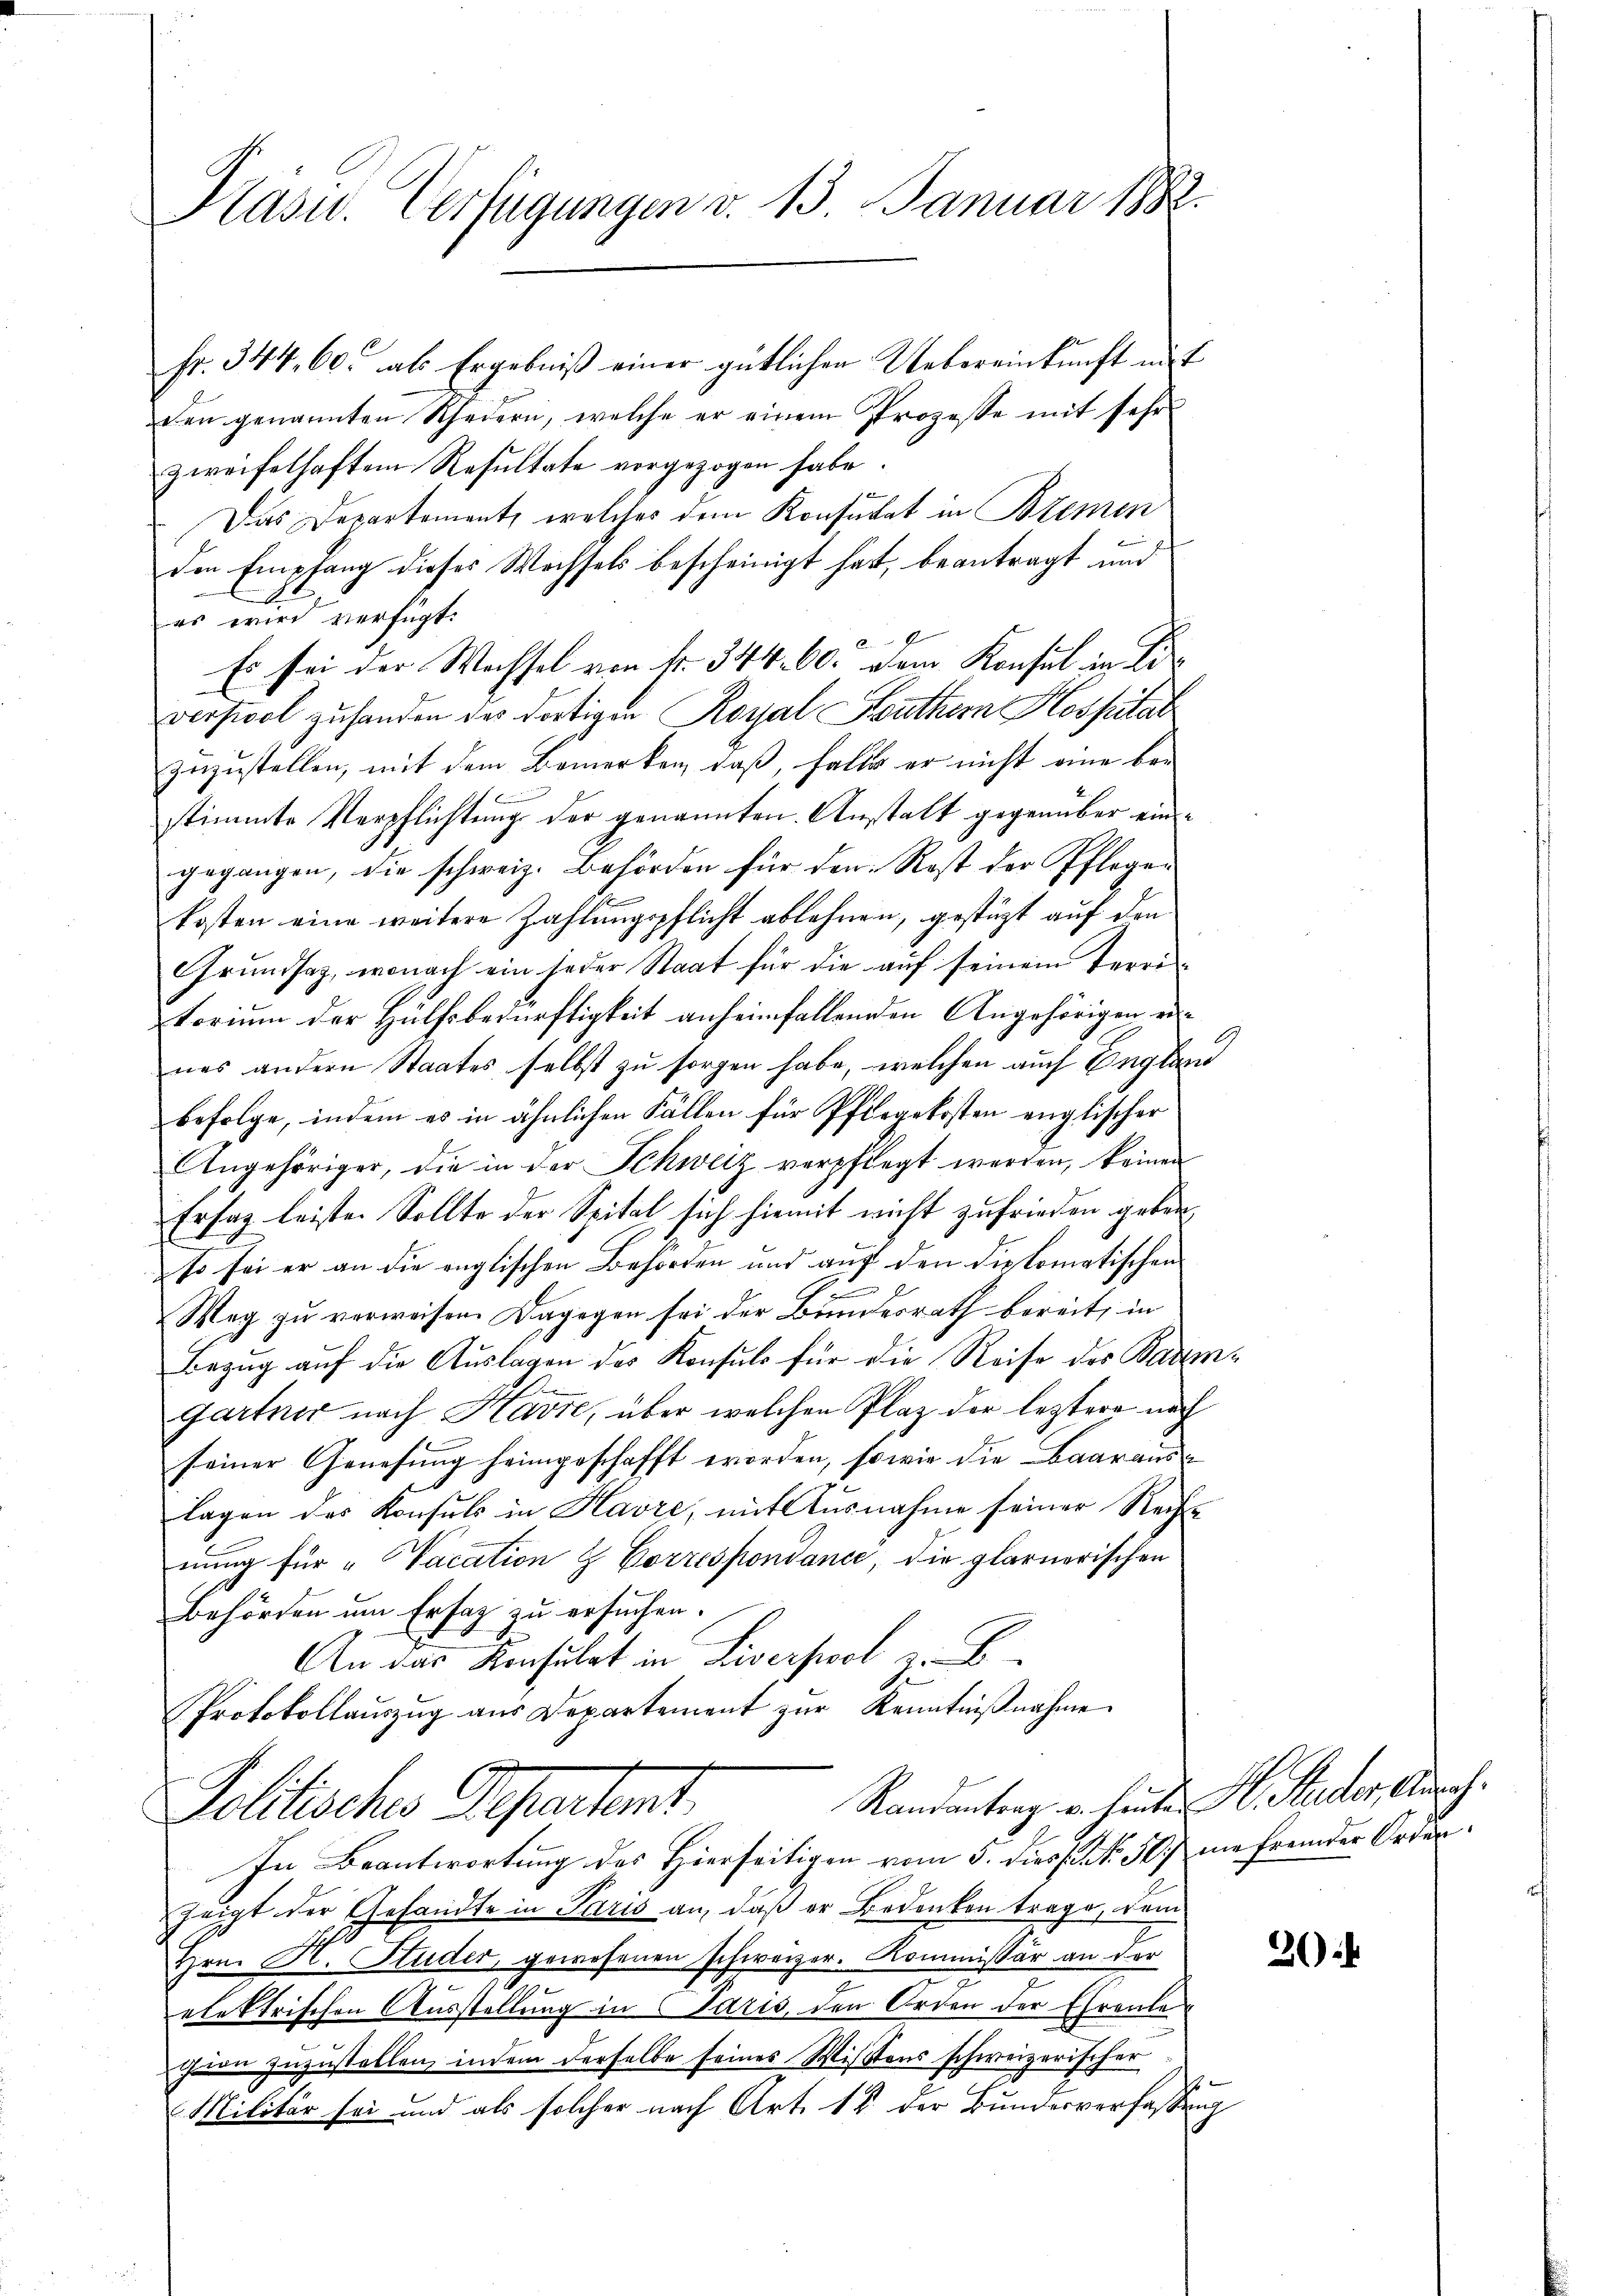
Kasu. Verfügungen d. 13. Januar 1882.

Fr. 344, 60. als Ergebniß einer gütlichen Uebereinkunft auf
den genannten Schedern, welche er einem Prozesse mit sehr
zweifelhaftem Resultate vorgezogen habe
Das Departement, welches dem Konsulat in Bremen
den Empfang dieses Wechsels bescheinigt hat, beantragt und
e
es wird verfügt:
2
Es sei der Wachsel von Nr. 344. 60. Dem Konsul in Dir
verfiel zu handen das dortigen Royal Southern Hospitat
zuzustellen, mit dem Bemerken, daß, falls er nicht eine bestimmte Verpflichtung der genannten Anstalt gegenüber eingegangen, die schweiz. Behörden für den Rost der Pflegen
kosten eine weitere Zahlungspflicht ablehnen, gestüzt auf den
Grundsaz, wonach ein jeder Staat für die auf seinem Territorium der Hülfsbedürftigkeit anheimfallenden Angehörigen eines andern Staates, selbst zu sorgen habe, welchen auch Englau
befolge, indem es in ähnlichen Fällen für Pfirgekosten englischer
Angehöriger, die in der Schweiz verpflegt werden, keinen
Ersag leisten Sollte der Spital sich hiemit nicht zufrieden geben,
so sei er an die englischen Behörden und auf den diplomatischen
1
Weg zu verweisen. Dagegen sei der Bundesrath bereit, in
Bezug auf die Auslagen des Konsuls für die Reise der Badenbe
gartner nach Havre, über welchen Plaz der leztere nach
seiner Genesung heimgeschafft worden, sowie die Baarauslagen des Konsuls in Havre, mit Ausnahme seiner Rechts
nung für „Vacation & Correspondance, die glarnerischen
Behörden um Erfaz zu ersuchen.
An das Konsulat in Liverpool zu B
Protokollauszug aus Departement zur Kenntniβnahme
Randantrag u. heute H. Studer, Ausch.
Politische Departent,
In Beantwortung des Hierseitigen vom 5. diess. No. 50. nie fremder Orden.
zeigt der Gesandte in Paris an, daß er Bedenken trage, wenn
Hrn. Hr. Studer, gewesenen schweizer. Kommissär an der
elektrischen Ausstellung in Paris, den Orden der Ehrenle
cion zuzustellen, indem derselbe seines Wistens schweizerischer
Militär sei und als solcher nach Art. 18. der Bundesverfassung

26)